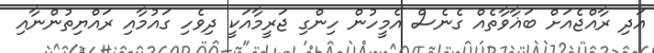
އަދި ރާއްޖެއަށް ބަޣާވާތެއް ގެނެސް އެމީހުން ހިންގި ޖަރީމާއަކީ ދިވެހި ގައުމާއި ރައްޔިތުންނާއި